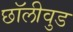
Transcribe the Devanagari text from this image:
छॉलीवुड